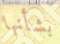
بشأنها